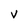
Character: V